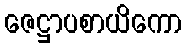
ဇေဋ္ဌာပစာယိကော